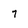
Character: 7